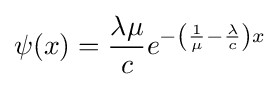
\psi (x)={\frac {\lambda \mu }{c}}e^{-\left({\frac {1}{\mu }}-{\frac {\lambda }{c}}\right)x}